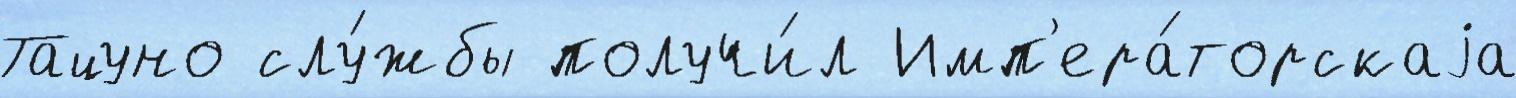
Тацуно слу́жбы получи́л Имп'ера́торскаjа